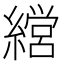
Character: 𮉇